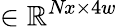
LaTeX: \in\mathbb{R}^{\textit{Nx}\times 4w}